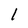
Character: 1